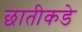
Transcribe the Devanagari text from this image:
छातीकडे